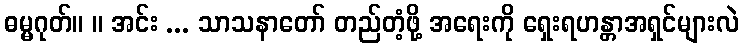
ဓမ္မဂုတ်။ ။ အင်း ... သာသနာတော် တည်တံ့ဖို့ အရေးကို ရှေးရဟန္တာအရှင်များလဲ